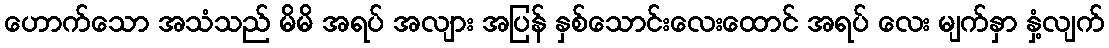
ဟောက်သော အသံသည် မိမိ အရပ် အလျား အပြန် နှစ်သောင်းလေးထောင် အရပ် လေး မျက်နှာ နှံ့လျက်